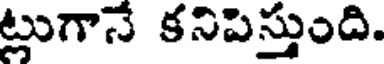
ట్లుగానే కనిపిస్తుంది.